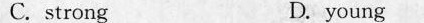
C、strong D.young